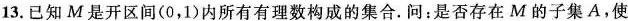
13.已知M是开区间(0，1)内所有有理数构成的集合。问：是否存在M的子集A，使